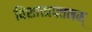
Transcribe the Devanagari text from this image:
विशाखपत्तनम्